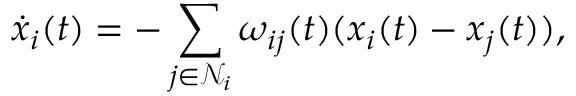
\dot { x } _ { i } ( t ) = - \sum _ { j \in \mathcal { N } _ { i } } \omega _ { i j } ( t ) ( x _ { i } ( t ) - x _ { j } ( t ) ) ,